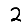
Digit: 2